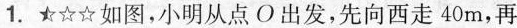
1.★☆☆如图，小明从点O出发，先向西走40m，再